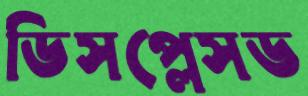
ডিসপ্লেসড